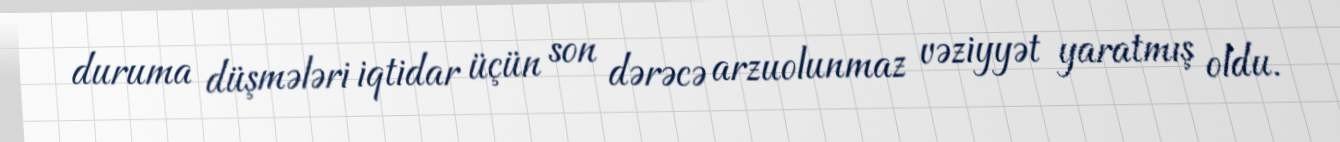
duruma düşmələri iqtidar üçün son dərəcə arzuolunmaz vəziyyət yaratmış oldu.